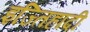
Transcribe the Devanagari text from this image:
इज्तिहादी